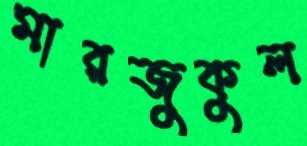
মারজুকুল